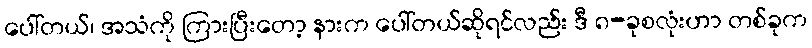
ပေါ်တယ်၊ အသံကို ကြားပြီးတော့ နားက ပေါ်တယ်ဆိုရင်လည်း ဒီ ၈-ခုစလုံးဟာ တစ်ခုက